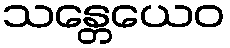
သန္တေယေဝ